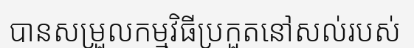
បានសម្រួលកម្មវិធីប្រកួតនៅសល់របស់